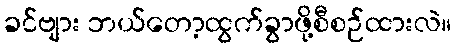
ခင်ဗျား ဘယ်တော့ထွက်ခွာဖို့စီစဉ်ထားလဲ။